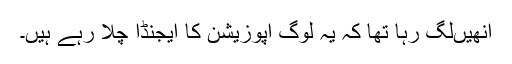
انھیںلگ رہا تھا کہ یہ لوگ اپوزیشن کا ایجنڈا چلا رہے ہیں۔